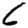
Digit: 6